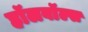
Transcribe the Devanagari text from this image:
हॉलवॉल्स